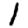
Digit: 1